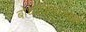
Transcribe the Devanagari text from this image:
बोधरंजनात्मक